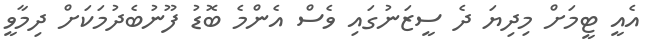
އެއީ ޓީމަށް މިދިޔަ ދެ ސީޒަނުގައި ވެސް އެންމެ ބޮޑު ފޫނުބެދުމަކަށް ދިމާވީ